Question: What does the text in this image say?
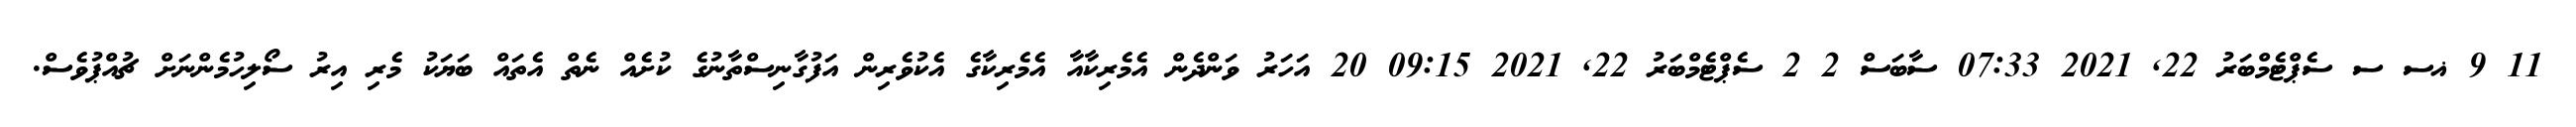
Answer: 11 9 ޣސ ސ ސެޕްޓެމްބަރު 22, 2021 07:33 ސާބަސް 2 2 ސެޕްޓެމްބަރު 22, 2021 09:15 20 އަހަރު ވަންދެން އެމެރިކާއާ އެމެރިކާގެ އެކުވެރިން އަފުގާނިސްތާނުގެ ކުށެއް ނެތް އެތައް ބަޔަކު މެރި އިރު ސޯލިހުމެންނަށް ޗުއްޕުވެސް.